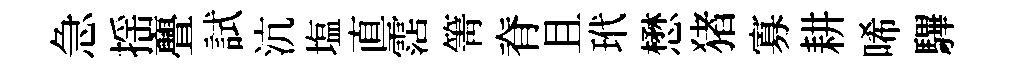
急揺亹試沆塩直霑箐脊且玳懋猪寡耕唏驆